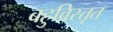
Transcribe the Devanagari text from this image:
बहुविस्तृत